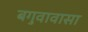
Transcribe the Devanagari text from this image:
बगुवावासा